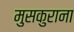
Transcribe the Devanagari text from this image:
मुसकुराना